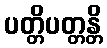
ပတ္တိပတ္တန္တိ